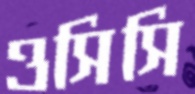
ওসিসি